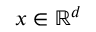
\boldsymbol { x } \in \mathbb { R } ^ { d }